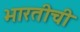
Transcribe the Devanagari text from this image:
भारतीची